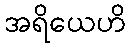
အရိယေဟိ